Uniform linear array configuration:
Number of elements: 4
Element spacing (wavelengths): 1
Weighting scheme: cosine
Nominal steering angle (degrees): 30
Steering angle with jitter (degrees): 29.579
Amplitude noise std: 0.05
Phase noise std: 0.05

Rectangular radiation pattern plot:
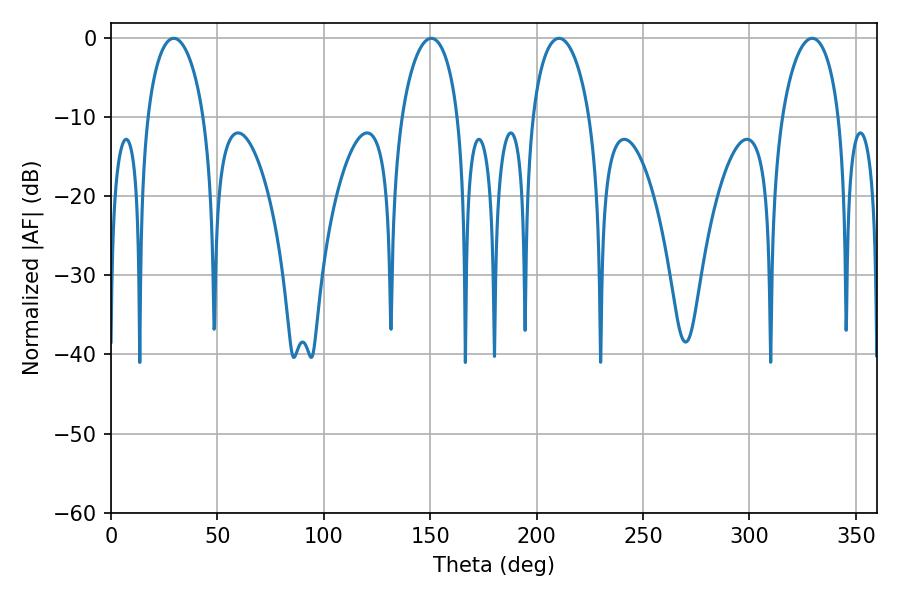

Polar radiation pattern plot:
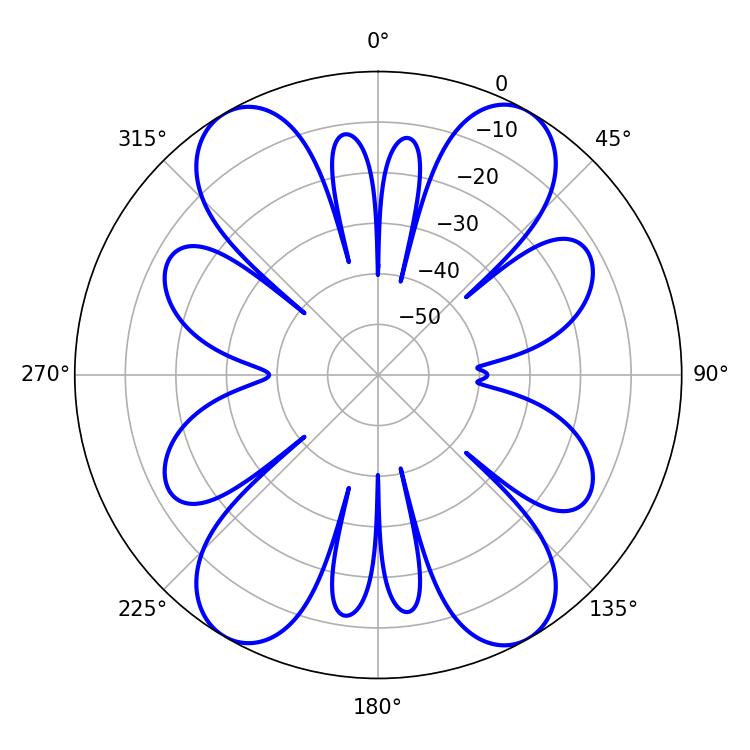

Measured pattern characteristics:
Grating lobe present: TRUE
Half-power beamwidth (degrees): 15.3
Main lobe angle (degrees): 29.52